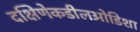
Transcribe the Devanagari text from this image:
दक्षिणेकडीलओडिशा